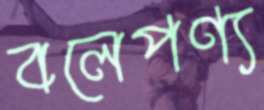
বলেপণ্য